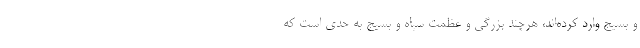
و بسیج وارد کرده‌اند، هرچند بزرگی و عظمت سپاه و بسیج به حدی است که